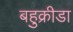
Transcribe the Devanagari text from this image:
बहुक्रीडा